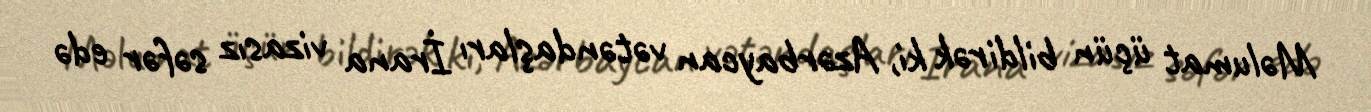
Məlumat üçün bildirək ki, Azərbaycan vətəndaşları İrana vizasız səfər edə